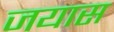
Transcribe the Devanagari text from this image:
जयास